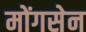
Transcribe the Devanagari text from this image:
मोंगसेन